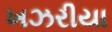
ખઝરીયા